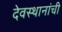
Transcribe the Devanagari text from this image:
देवस्थानांची